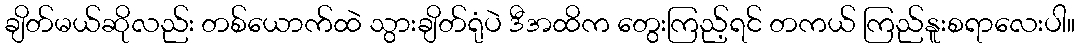
ချိတ်မယ်ဆိုလည်း တစ်ယောက်ထဲ သွားချိတ်ရုံပဲ ဒီအထိက တွေးကြည့်ရင် တကယ် ကြည်နူးစရာလေးပါ။